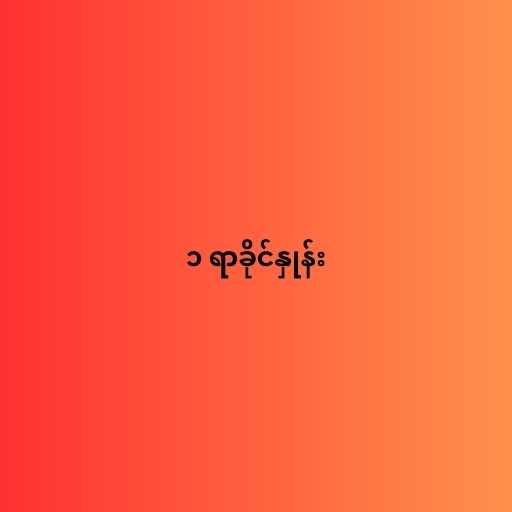
၁ ရာခိုင်နှုန်း